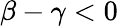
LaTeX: \beta-\gamma<0